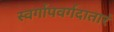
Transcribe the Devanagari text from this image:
स्वर्गापवर्गदातारं